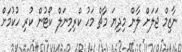
ނާޒިމް ޖަލަށް ލާން މިދިޔަ މާޗް މަހު ކްރިމިނަލް ކޯޓުން ކުރި ހުކުމަށް